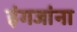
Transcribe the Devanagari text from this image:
इंगजांना